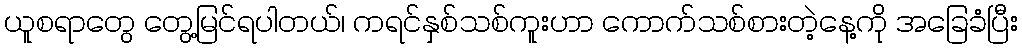
ယူစရာတွေ တွေ့မြင်ရပါတယ်၊ ကရင်နှစ်သစ်ကူးဟာ ကောက်သစ်စားတဲ့နေ့ကို အခြေခံပြီး